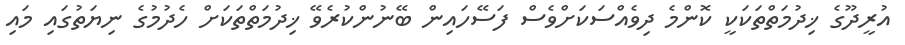
އުރީދޫގެ ޚިދުމަތްތަކަކީ ކޮންމެ ދިވެއްސަކަށްވެސް ފަސޭހައިން ބޭނުންކުރެވޭ ޚިދުމަތްތަކަށް ހެދުމުގެ ނިޔަތުގައި މައި